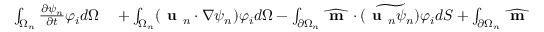
\begin{array} { r l } { \int _ { \Omega _ { n } } \frac { \partial \psi _ { n } } { \partial t } \varphi _ { i } d \Omega } & { { } + \int _ { \Omega _ { n } } ( \textbf { u } _ { n } \cdot \nabla \psi _ { n } ) \varphi _ { i } d \Omega - \int _ { \partial \Omega _ { n } } \widehat { \textbf { m } } \cdot \widetilde { ( \textbf { u } _ { n } \psi _ { n } ) } \varphi _ { i } d S + \int _ { \partial \Omega _ { n } } \widehat { \textbf { m } } \cdot \widehat { ( \textbf { u } _ { n } \psi _ { n } ) } \varphi _ { i } d S = 0 ; } \end{array}